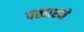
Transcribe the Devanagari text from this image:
पखारने